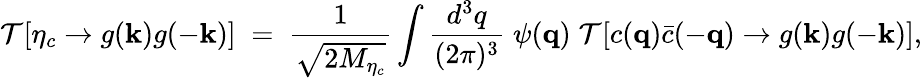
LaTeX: {\cal T}[\eta_{c}\to g({\mathbf k})g(-{\mathbf k})]\; =\; {\frac{1}{\sqrt{2M_{\eta_{c}}}}}\int{\frac{d^{3}q}{(2\pi)^{3}}}\; \psi({\mathbf q})\; {\cal T}[c({\mathbf q})\bar{c}(-{\mathbf q})\to g({\mathbf k})g(-{\mathbf k})],